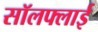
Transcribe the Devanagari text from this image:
सॉलफ्लाई